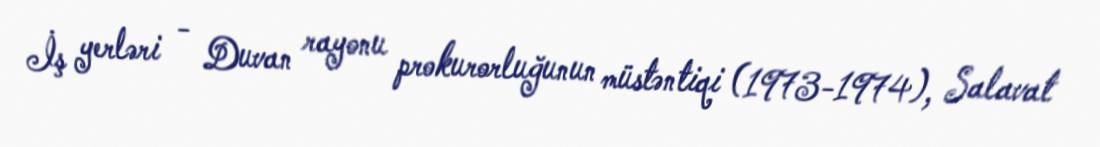
İş yerləri - Duvan rayonu prokurorluğunun müstəntiqi (1973-1974), Salavat